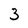
Character: 3